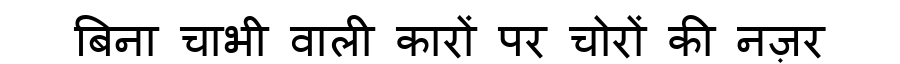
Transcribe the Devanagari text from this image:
बिना चाभी वाली कारों पर चोरों की नज़र